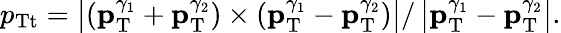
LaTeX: p_{\mathrm{Tt}}={\left|({{\mathbf p}_{\mathrm{T}}^{\gamma_{1}}}+{{\mathbf p}_{\mathrm{T}}^{\gamma_{2}}})\times({{\mathbf p}_{\mathrm{T}}^{\gamma_{1}}}-{{\mathbf p}_{\mathrm{T}}^{\gamma_{2}}})\right|/\left|{{\mathbf p}_{\mathrm{T}}^{\gamma_{1}}}-{{\mathbf p}_{\mathrm{T}}^{\gamma_{2}}}\right|}.